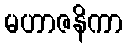
မဟာဇနိကာ